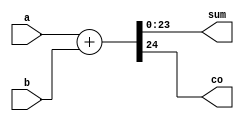
module adder24(a, b, sum, co);
  input[23:0] a, b;
  output[23:0] sum;
  output co;

  assign {co, sum} = a + b;
endmodule